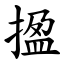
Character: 㨕